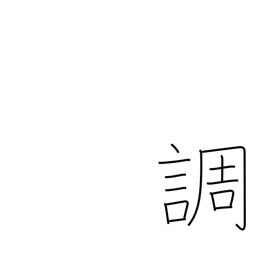
Meaning: tune